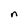
Character: n